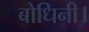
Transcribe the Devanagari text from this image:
बोधिनी।